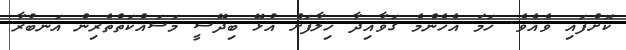
ކޮށްފައި ވެއެވެ. ހަމަ އެހެންމެ ގަވާއިދާ ހިލާފަށް އުޅޭ ބިދޭސީ މަސައްކަތްތެރިން އަނބުރާ